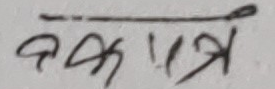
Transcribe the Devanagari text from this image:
आका ज्ञत्र